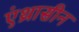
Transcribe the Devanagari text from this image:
एंथ्रासीन